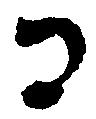
コ